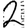
Digit: 2